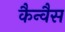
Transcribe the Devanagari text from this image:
कैन्वैस